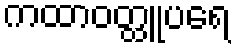
ကထာဝတ္ထူပရေ